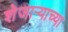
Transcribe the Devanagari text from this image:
शेजाऱ्याच्या